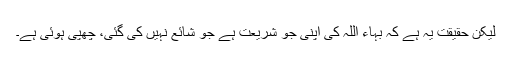
لیکن حقیقت یہ ہے کہ بہاء اللہ کی اپنی جو شریعت ہے جو شائع نہیں کی گئی، چھپی ہوئی ہے۔